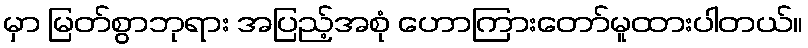
မှာ မြတ်စွာဘုရား အပြည့်အစုံ ဟောကြားတော်မူထားပါတယ်။